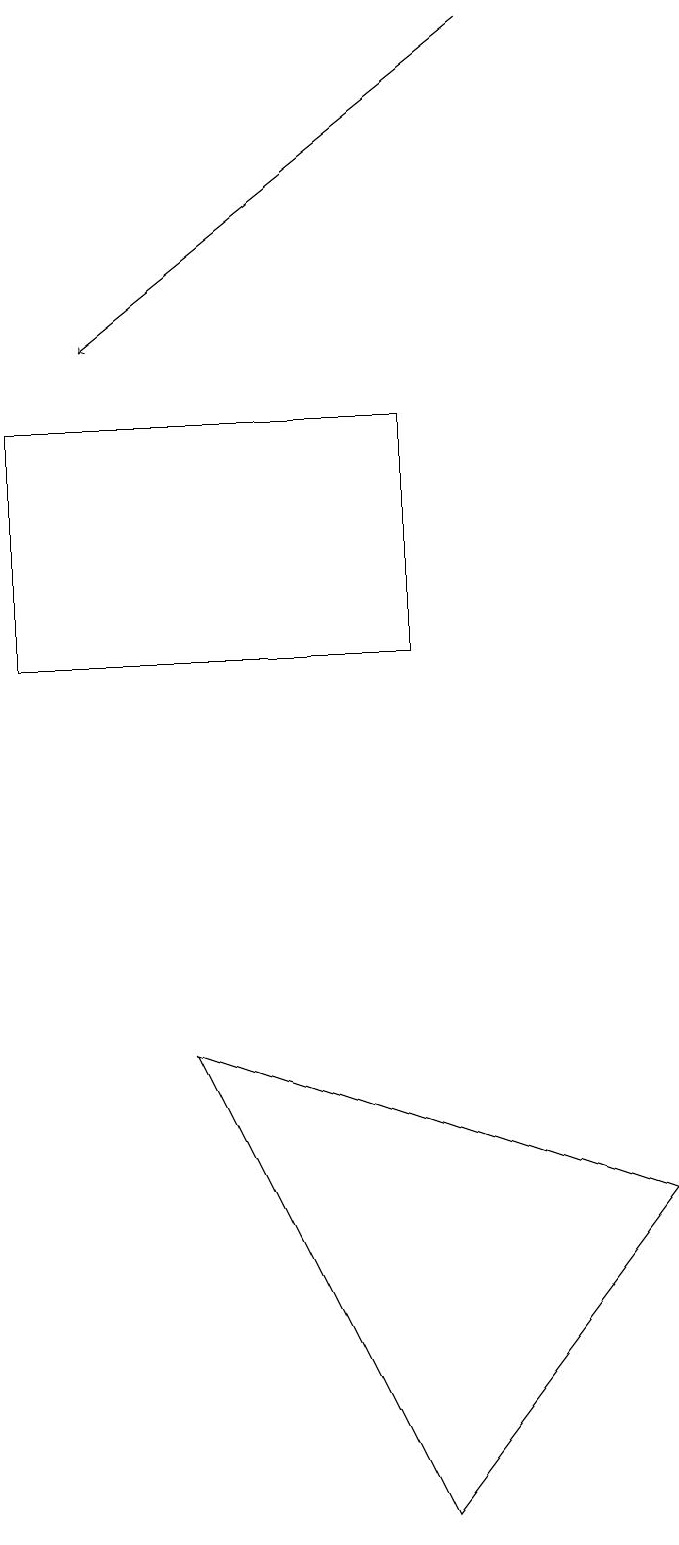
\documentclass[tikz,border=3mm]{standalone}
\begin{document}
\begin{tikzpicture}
\draw (0,14) rectangle (5,11);
\draw (2,6) -- (5,0) -- (8,4) -- cycle;
\draw[->] (6,19) -- (1,15);
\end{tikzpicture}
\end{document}